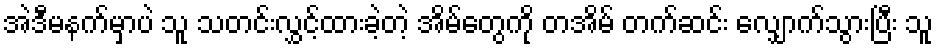
အဲဒီမနက်မှာပဲ သူ သတင်းလွှင့်ထားခဲ့တဲ့ အိမ်တွေကို တအိမ် တက်ဆင်း လျှောက်သွားပြီး သူ